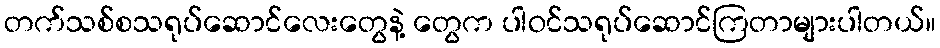
တက်သစ်စသရုပ်ဆောင်လေးတွေနဲ့ တွေက ပါဝင်သရုပ်ဆောင်ကြတာများပါတယ်။